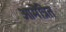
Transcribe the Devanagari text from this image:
आमेंत्रित